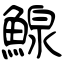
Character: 鰁